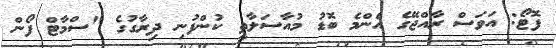
ފޮޓޯ: އަވަސް ރާއްޖޭގެ އެންމެ ބޮޑު މުއާސަލާތީ ކުންފުނި ދިރާގުގެ "ސްމާޓް ފޯން